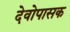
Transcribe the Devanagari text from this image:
देवोपासक